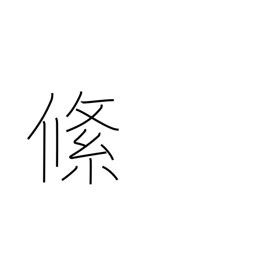
Meaning: braid